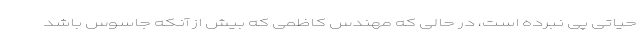
حیاتی پی نبرده است، در حالی که مهندس کاظمی که بیش از آنکه جاسوس باشد